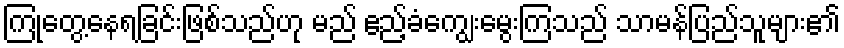
ကြုံတွေ့နေရခြင်းဖြစ်သည်ဟု မည် ဧည့်ခံကျွေးမွေးကြသည် သာမန်ပြည်သူများ၏